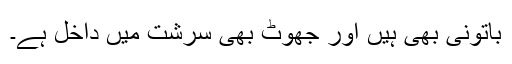
باتونی بھی ہیں اور جھوٹ بھی سرشت میں داخل ہے۔